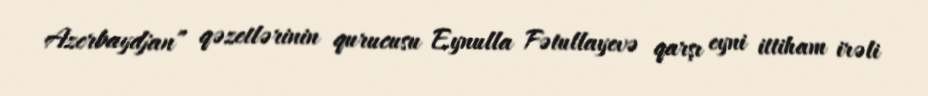
Azerbaydjan” qəzetlərinin qurucusu Eynulla Fətullayevə qarşı eyni ittiham irəli